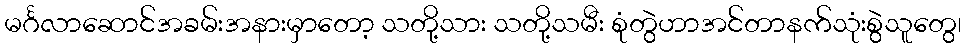
မင်္ဂလာဆောင်အခမ်းအနားမှာတော့ သတို့သား သတို့သမီး စုံတွဲဟာအင်တာနက်သုံးစွဲသူတွေ၊